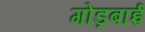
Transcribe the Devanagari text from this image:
गोड़बाई